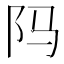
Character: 𬮺